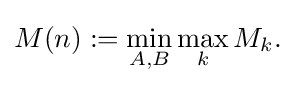
M(n):=\min _{A,B}\max _{k}M_{k}.\,\!